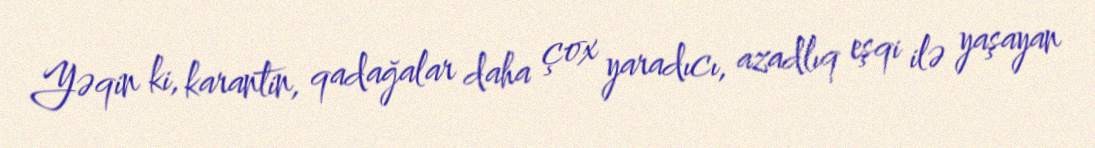
Yəqin ki, karantin, qadağalar daha çox yaradıcı, azadlıq eşqi ilə yaşayan